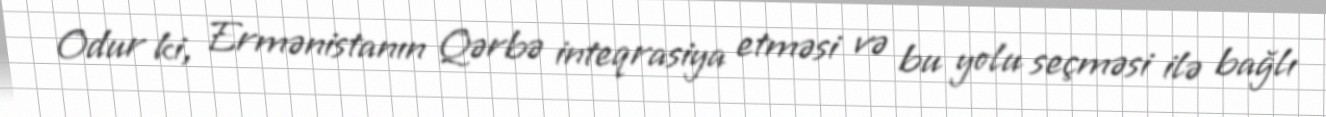
Odur ki, Ermənistanın Qərbə inteqrasiya etməsi və bu yolu seçməsi ilə bağlı